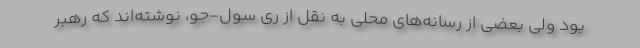
بود ولی بعضی از رسانه‌های محلی به نقل از ری سول-جو، نوشته‌اند که رهبر